Technical education in continuation classes, 1936
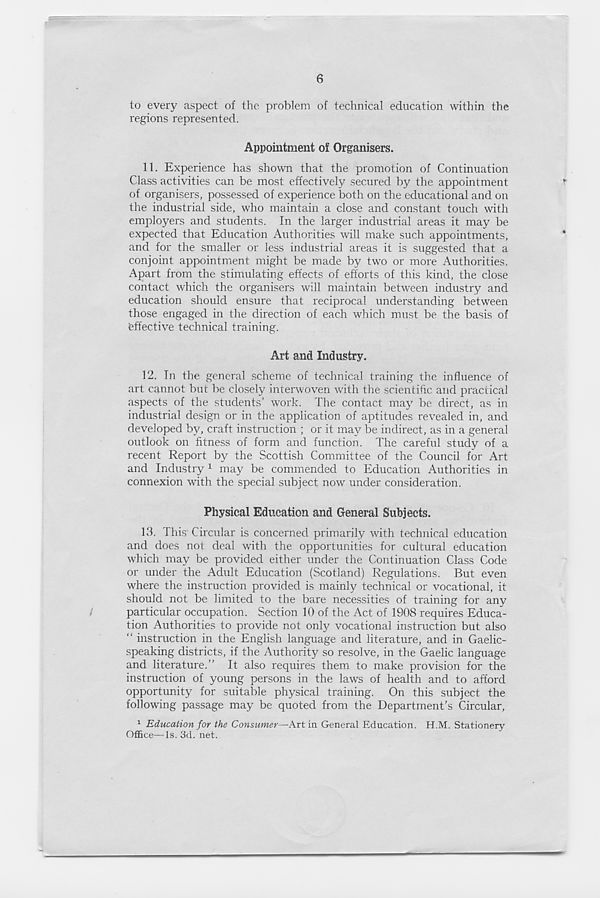
6
to every aspect of the problem of technical education within the
regions represented.
Appointment of Organisers.
11. Experience has shown that the promotion of Continuation
Class activities can be most effectively secured by the appointment
of organisers, possessed of experience both on the educational and on
the industrial side, who maintain a close and constant touch with
employers and students. In the larger industrial areas it may be
expected that Education Authorities will make such appointments,
and for the smaller or less industrial areas it is suggested that a
conjoint appointment might be made by two or more Authorities.
Apart from the stimulating effects of efforts of this kind, the close
contact which the organisers will maintain between industry and
education should ensure that reciprocal understanding between
those engaged in the direction of each which must be the basis of
effective technical training.
Art and Industry.
12. In the general scheme of technical training the influence of
art cannot but be closely interwoven with the scientific and practical
aspects of the students’ work. The contact may be direct, as in
industrial design or in the application of aptitudes revealed in, and
developed by, craft instruction ; or it may be indirect, as in a general
outlook on fitness of form and function. The careful study of a
recent Report by the Scottish Committee of the Council for Art
and Industry 1 may be commended to Education Authorities in
connexion with the special subject now under consideration.
Physical Education and General Subjects.
13. This Circular is concerned primarily with technical education
and does not deal with the opportunities for cultural education
which may be provided either under the Continuation Class Code
or under the Adult Education (Scotland) Regulations. But even
where the instruction provided is mainly technical or vocational, it
should not be limited to the bare necessities of training for any
particular occupation. Section 10 of the Act of 1908 requires Educa-
tion Authorities to provide not only vocational instruction but also
“ instruction in the English language and literature, and in Gaelic-
speaking districts, if the Authority so resolve, in the Gaelic language
and literature.” It also requires them to make provision for the
instruction of young persons in the laws of health and to afford
opportunity for suitable physical training. On this subject the
following passage may be quoted from the Department’s Circular,
1 Education for the Consumer—Art in General Education. H.M. Stationery
Office—Is. 3d. net.